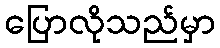
ပြောလိုသည်မှာ